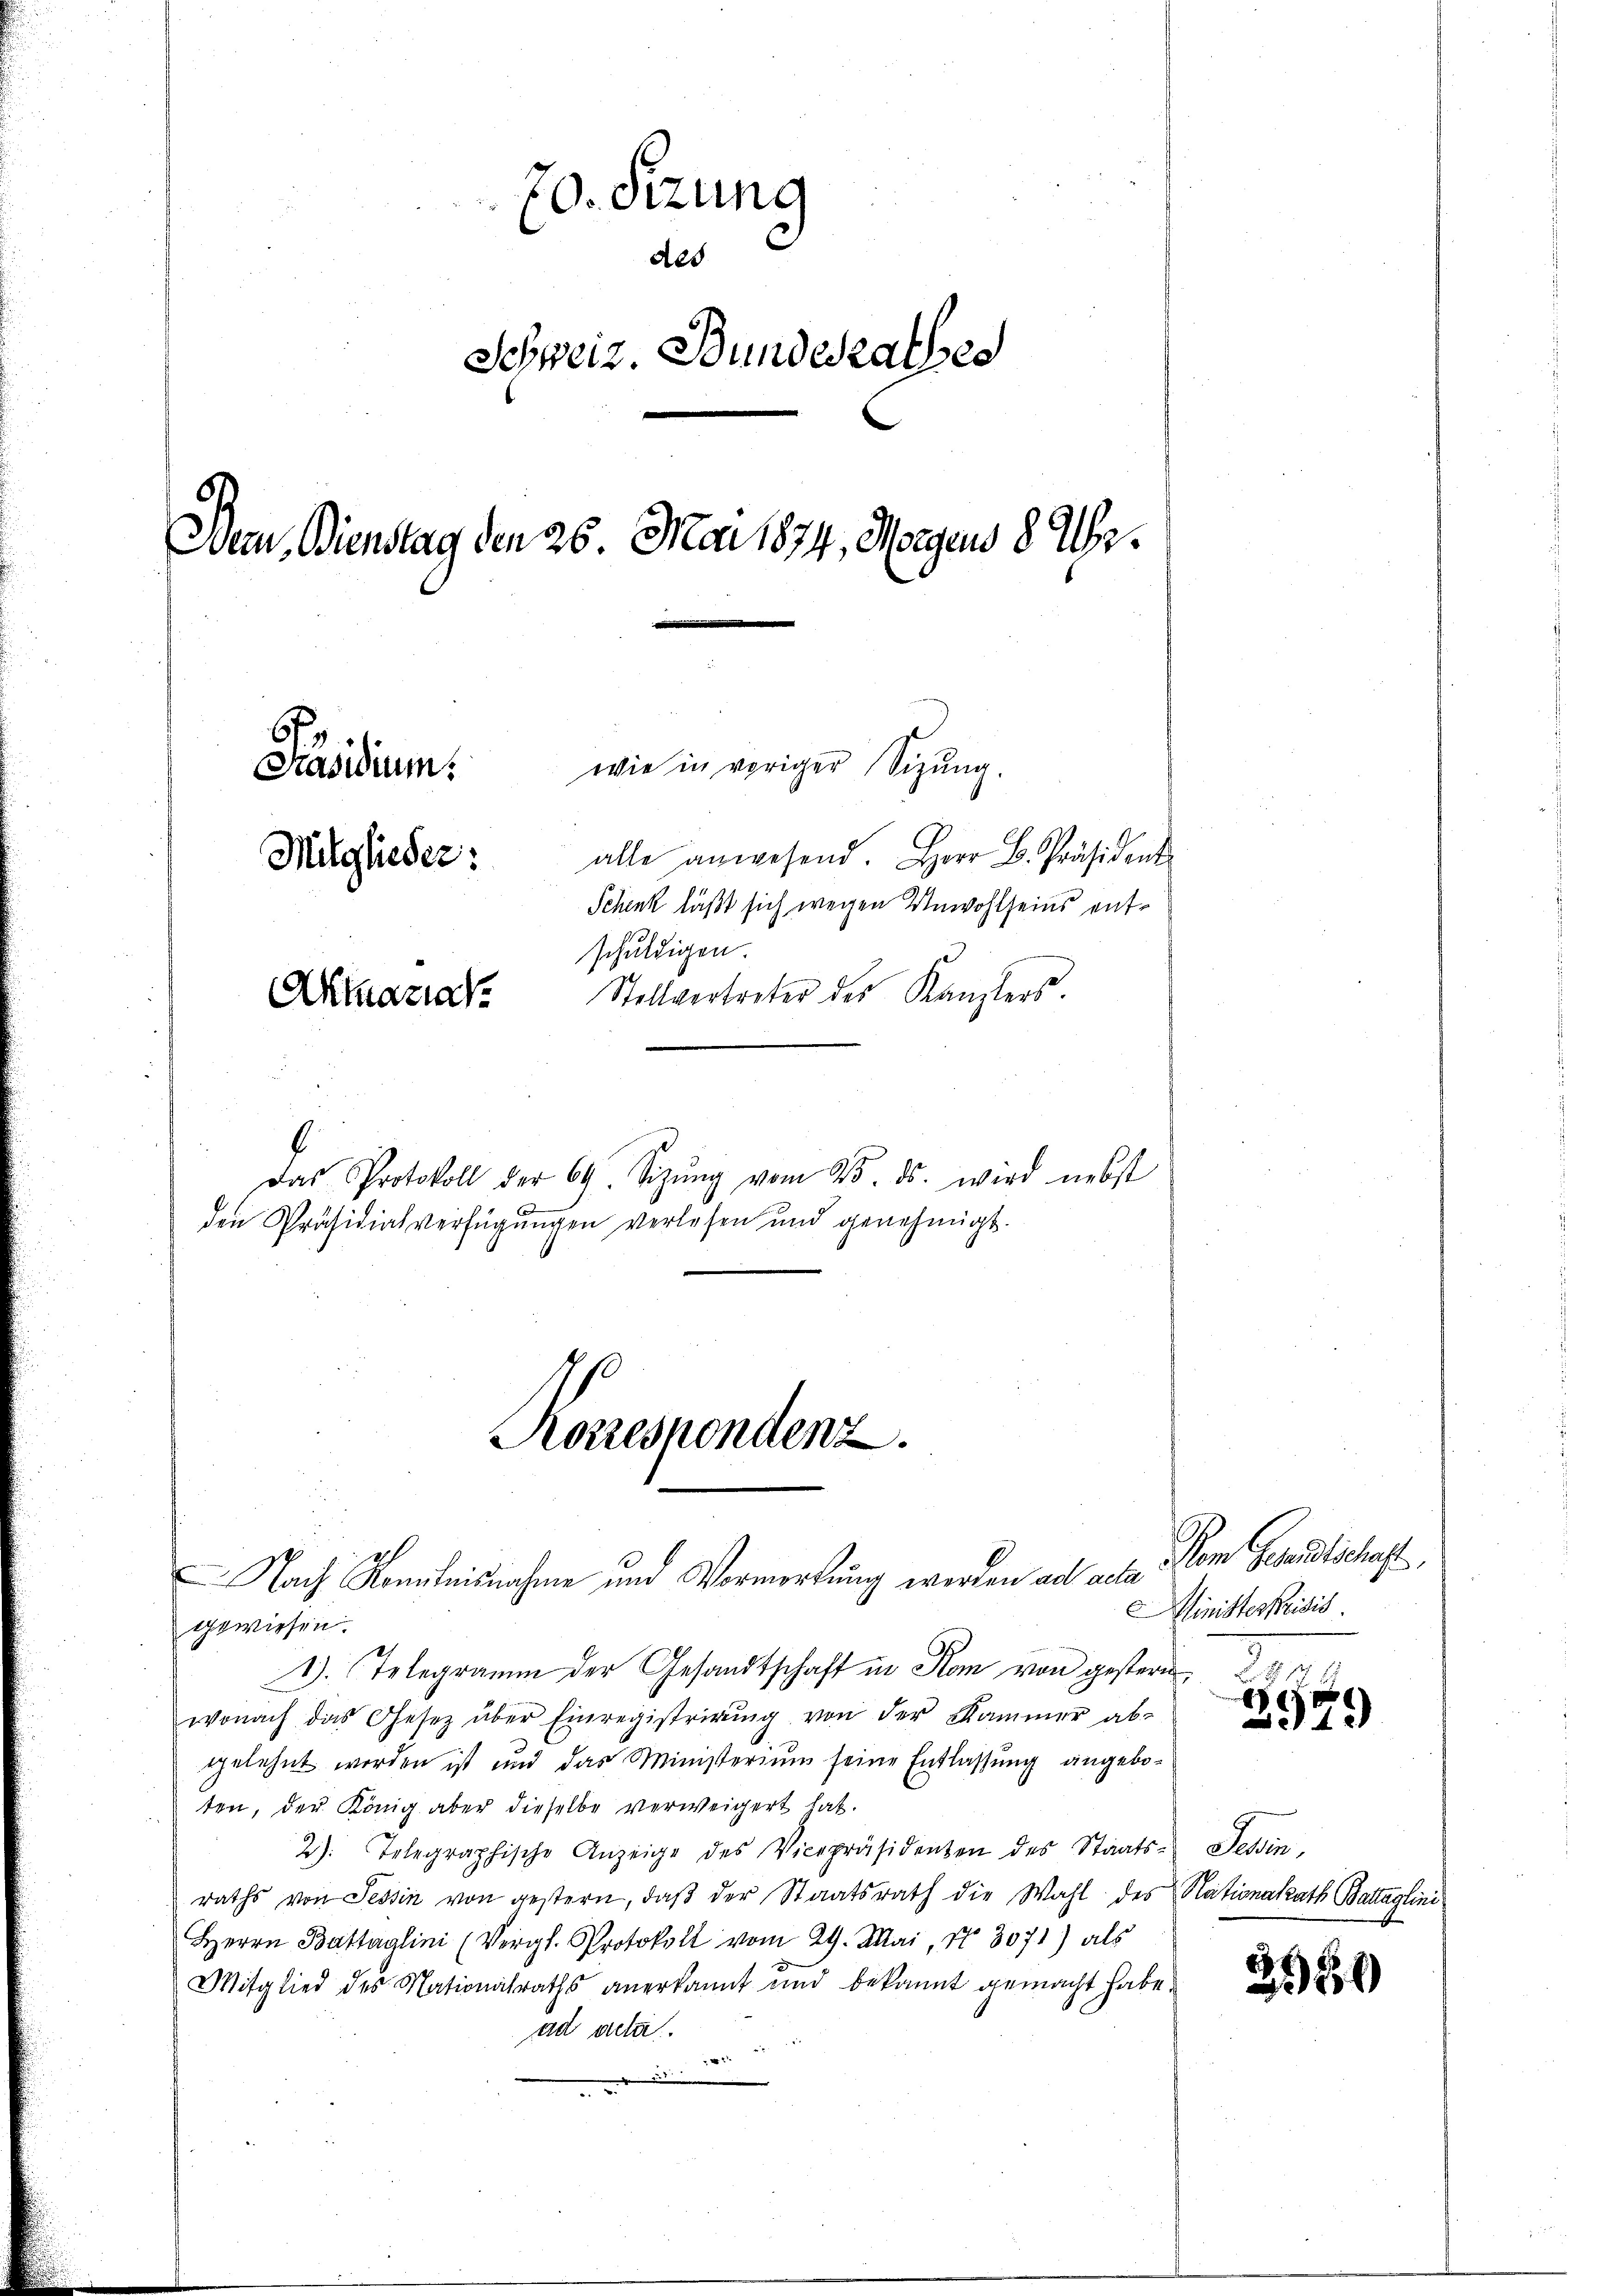
70. Sizung
400
Schweiz. Bundesrathes
Dem Bienstag den 25. Mai 1874, Morgens 8 Uhr.
wie in voriger Sizŭng.
Präsidium.
alle anwesend. Herr B. Präsident
Mitglieder:
Schenk läßt sich wegen Unwohlseins entschuldigen.
Stellvertreter des Kanzlers.
Aktuariat

Das Protokoll der 69. Sizŭng vom 25. ds. wird nebst
den Präsidialverfügungen verlesen und genehmigt.

Nach Kenntnisnahme und Vormerkung werden ad acta

Korrespondenz.

gewiesen.
1. Telegramm der Gesandtschaft in Rom von gestern de
wonach das Gesetz über Einregistrirŭng von der Kammer ab-
gelehnt worden ist und das Ministerium seine Entlassung angeboten, der König aber dieselbe verweigert hat.
2) Telegraphische Anzeige des Vicepräsidenten des Staats- Tessin,
raths von Tessin von gestern, daβ der Staatsrath die Wahl des Nationalrath Battaglini
Herrn Bastaglini (Vergl. Protokoll vom 29. Mai, Nr. 3071) als
Mitglied des Nationalraths anerkannt und bekannt gemacht habe.
ad acta.

on Gesandtschaft,
Ministeskreisis

2979

3550